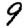
Digit: 9